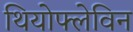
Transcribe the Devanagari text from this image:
थियोफ्लेविन